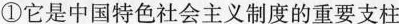
①它是中国特色社会主义制度的重要支柱